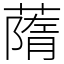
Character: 䔺